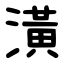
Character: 潢